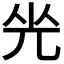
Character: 𠒃